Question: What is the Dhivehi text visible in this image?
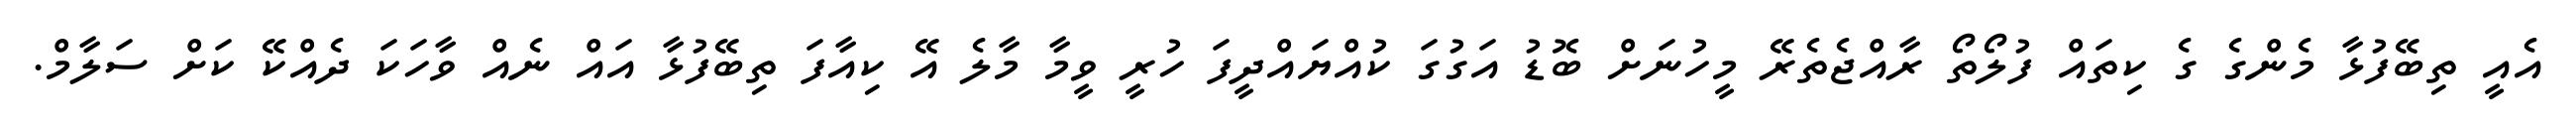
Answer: އެއީ ތިބޭފުޅާ މެންގެ ގެ ކިތައް ފުލޯތޯ ރާއްޖެތެރޭ މީހުނަށް ބޮޑު އަގުގަ ކުއްޔައްދީފަ ހުރީ ވީމާ މާލެ އޭ ކިއާފަ ތިބޭފުޅާ އައް ނެއް ވާހަކަ ދެއްކޭ ކަށް ސަލާމް.